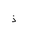
Letter: _thal